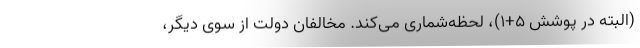
(البته در پوشش ۵+۱)، لحظه‌شماری می‌کند. مخالفان دولت از سوی دیگر،